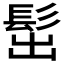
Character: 𩬢